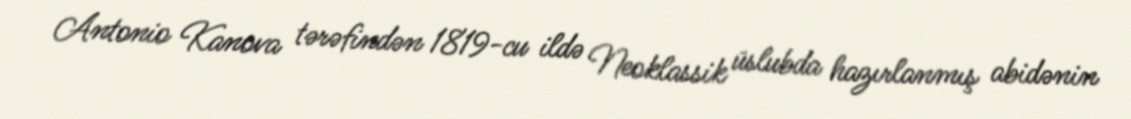
Antonio Kanova tərəfindən 1819-cu ildə Neoklassik üslubda hazırlanmış abidənin